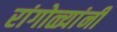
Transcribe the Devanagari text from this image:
रांगोळ्यांनी